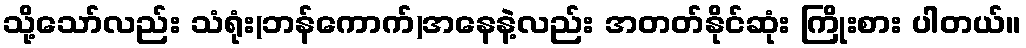
သို့သော်လည်း သံရုံး(ဘန်ကောက်)အနေနဲ့လည်း အတတ်နိုင်ဆုံး ကြိုးစား ပါတယ်။